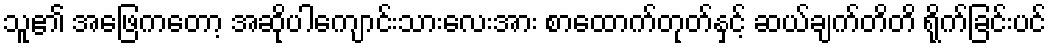
သူ၏ အဖြေကတော့ အဆိုပါကျောင်းသားလေးအား စာထောက်တုတ်နှင့် ဆယ်ချက်တိတိ ရိုက်ခြင်းပင်